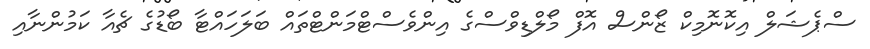
ސްޕެޝަލް އިކޮނޮމިކް ޒޯންސް އޮފް މޯލްޑިވްސްގެ އިންވެސްޓްމަންޓްތައް ބަލަހައްޓާ ބޯޑުގެ ޗެއާ ކަމުންނާއި